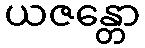
ယဇန္တော